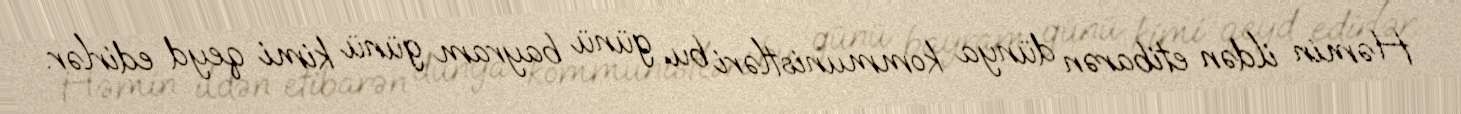
Həmin ildən etibarən dünya kommunistləri bu günü bayram günü kimi qeyd edirlər.